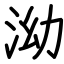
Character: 泑